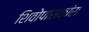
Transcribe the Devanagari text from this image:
शिवोपासकांस